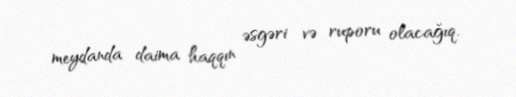
meydanda daima haqqın əsgəri və ruporu olacağıq.